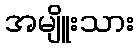
အမျိူးသား